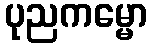
ပုညကမ္မော